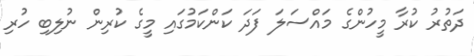
ދަތުރު ކުރާ މީހުންގެ މައްސަލަ ފަދަ ކަންކަމުގައި މީގެ ކުރިން ނުލިބި ހުރި